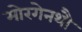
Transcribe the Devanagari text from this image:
मोरगेनथौ